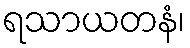
ရသာယတနံ၊